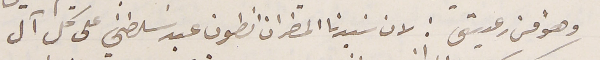
وهوا من رعيتى : لان سيدنا المطران انطون عبد سَلطني على كل آل